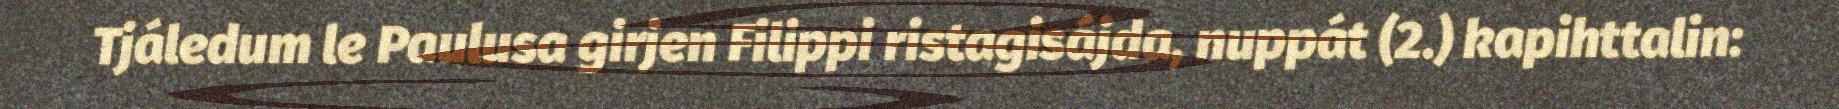
Tjáledum le Paulusa girjen Filippi ristagisájda, nuppát (2.) kapihttalin: